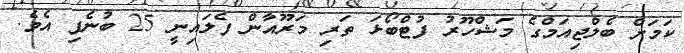
ކަމަށް ބެލްޖިއަމްގެ މަޝްހޫރު ފުޓްބޯޅަ ތަރި މަރޫއާން ފެލައިނީ 25 ބުނެފި އެވެ.